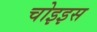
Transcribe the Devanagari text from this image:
चोइइस